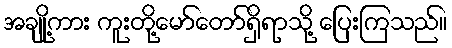
အချို့ကား ကူးတို့မော်တော်ရှိရာသို့ ပြေးကြသည်။